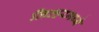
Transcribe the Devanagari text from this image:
लिव्हरमध्ये